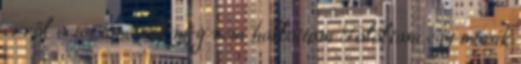
erről a történetről még nem hallottam Találtam egy másik